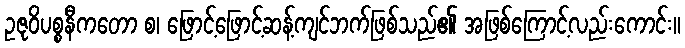
ဥဇုဝိပစ္စနီကတော စ၊ ဖြောင့်ဖြောင့်ဆန့်ကျင်ဘက်ဖြစ်သည်၏ အဖြစ်ကြောင့်လည်းကောင်း။